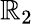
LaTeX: \mathbb{R}_{2}